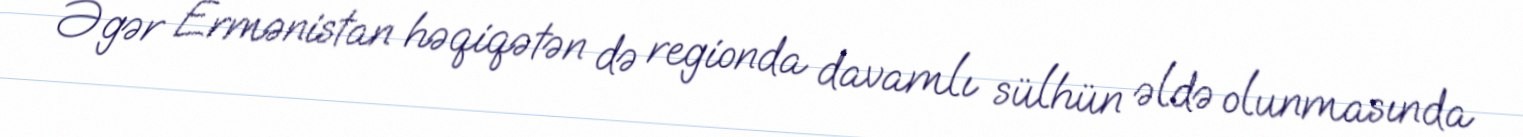
Əgər Ermənistan həqiqətən də regionda davamlı sülhün əldə olunmasında